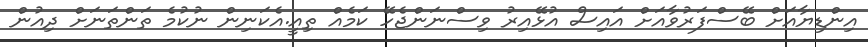
އިންޑިޔާއަށް ބޭސްފަރުވާއަށްް އައިސް އުޅޭއިރު ވިސްނަންޖެހޭ ކަމެއް ތިއީ.އެކަނިން ނުކުމެ ތަންތަނަށް ދިއުން